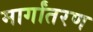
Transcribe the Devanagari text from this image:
मार्गांतरण